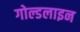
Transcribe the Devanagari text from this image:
गोल्डलाइन